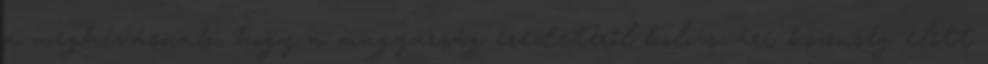
a meghívásnak, hogy a magyarság eredetéről kolozsvári közönség előtt